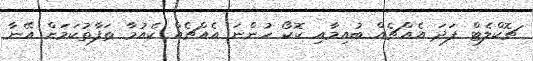
ޗޮކްލެޓް ފަދަ އެއްޗެއް ބުއިމާއި ކޮކޯ ހުންނަ އެއްޗެއް ކެއުމާ ތަފާތުކަމަށް އޭނާ